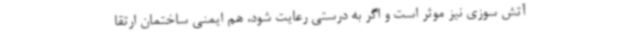
آتش سوزی نیز موثر است و اگر به درستی رعایت شود، هم ایمنی ساختمان ارتقا